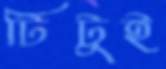
টিটুই